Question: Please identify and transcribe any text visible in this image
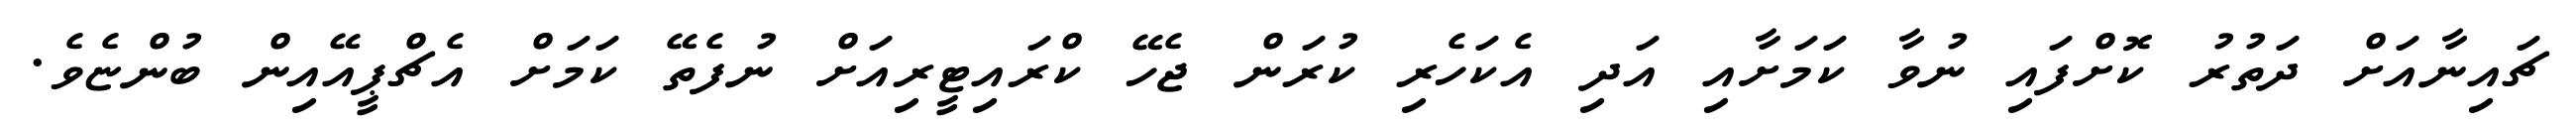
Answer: ޗައިނާއަށް ދަތުރު ކޮށްފައި ނުވާ ކަމަށާއި އަދި އެކަހެރި ކުރަން ޖެހޭ ކްރައިޓީރިއަށް ނުފެތޭ ކަމަށް އެޗްޕީއޭއިން ބުންޏެވެ.